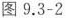
图9.3-2